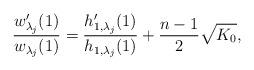
LaTeX: \begin{align*} \frac{w_{\lambda_j}^\prime(1)}{w_{\lambda_j}(1)}=\frac{h_{1,\lambda_j}^\prime(1)}{h_{1,\lambda_j}(1)}+\frac{n-1}{2}\sqrt{K_0},\end{align*}